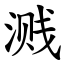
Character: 溅